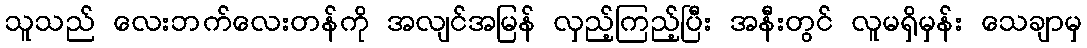
သူသည် လေးဘက်လေးတန်ကို အလျင်အမြန် လှည့်ကြည့်ပြီး အနီးတွင် လူမရှိမှန်း သေချာမှ